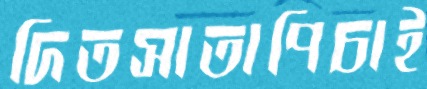
দিতসাতাপিচাই